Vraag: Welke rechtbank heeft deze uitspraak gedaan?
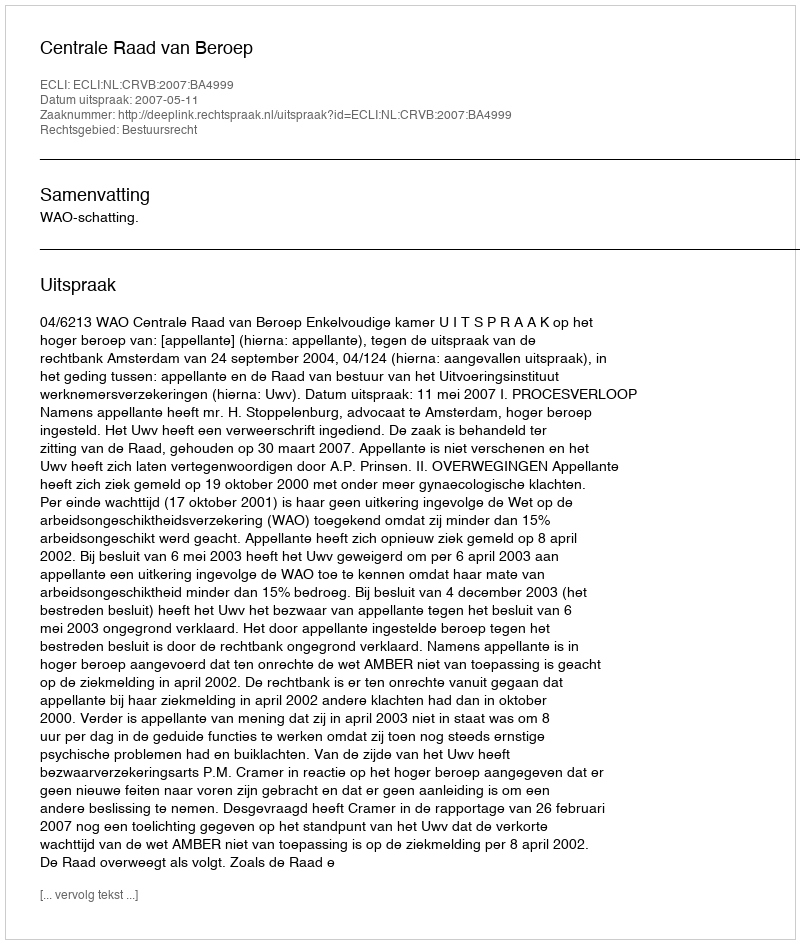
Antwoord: Centrale Raad van Beroep